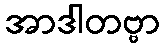
အာဒါတဗ္ဗာ